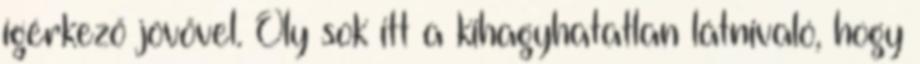
ígérkező jövővel. Oly sok itt a kihagyhatatlan látnivaló, hogy